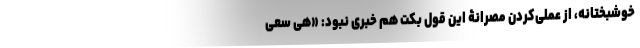
خوشبختانه، از عملی‌کردن مصرانۀ این قولِ بکِت هم خبری نبود: «هی سعی